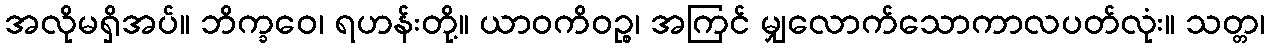
အလိုမရှိအပ်။ ဘိက္ခဝေ၊ ရဟန်းတို့။ ယာဝကိဝဉ္စ၊ အကြင် မျှလောက်သောကာလပတ်လုံး။ သတ္တ၊